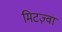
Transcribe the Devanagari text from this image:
मिटज़्वा